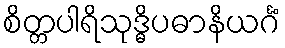
စိတ္တပါရိသုဒ္ဓိပဓာနိယင်္ဂံ